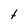
Character: t